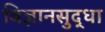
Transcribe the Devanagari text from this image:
विज्ञानसुद्धा